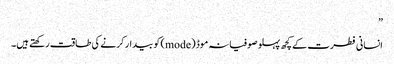
”
انسانی فطرت کے کچھ پہلو صوفیانہ موڈ (mode) کو بیدار کرنے کی طاقت رکھتے ہیں۔